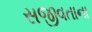
સજીવતાના